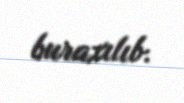
buraxılıb.